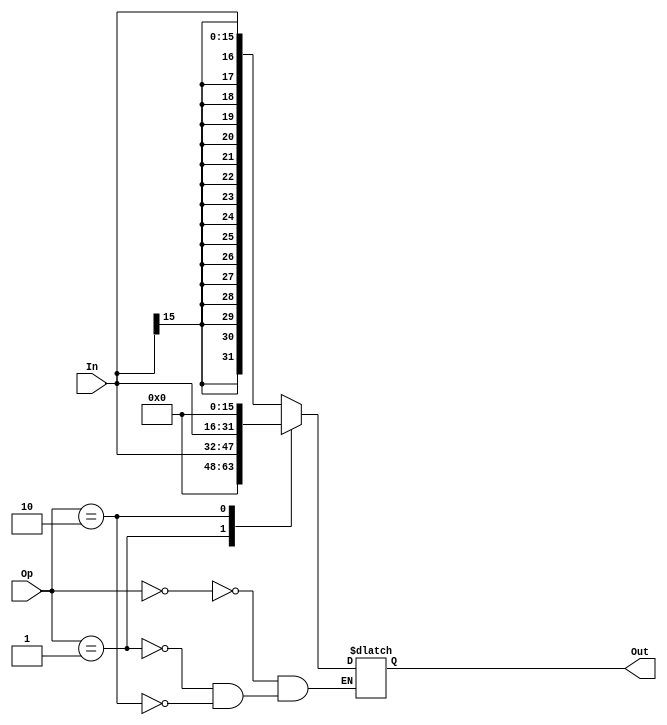
`timescale 1ns / 1ps
//////////////////////////////////////////////////////////////////////////////////
// Company: 
// Engineer: 
// 
// Design Name: 
// Module Name:    EXT 
// Project Name: 
// Target Devices: 
// Tool versions: 
// Description: 
//
// Dependencies: 
//
// Revision: 
// Revision 0.01 - File Created
// Additional Comments: 
//
//////////////////////////////////////////////////////////////////////////////////
module ext(
	input [15:0] In,
	input [1:0] Op,
	output reg [31:0] Out
    );
	
	always @(*) begin
		case (Op)
			0: Out = $signed(In);
			1: Out = In;
			2: Out = {In, 16'h0000};
		endcase	
	end
	
endmodule